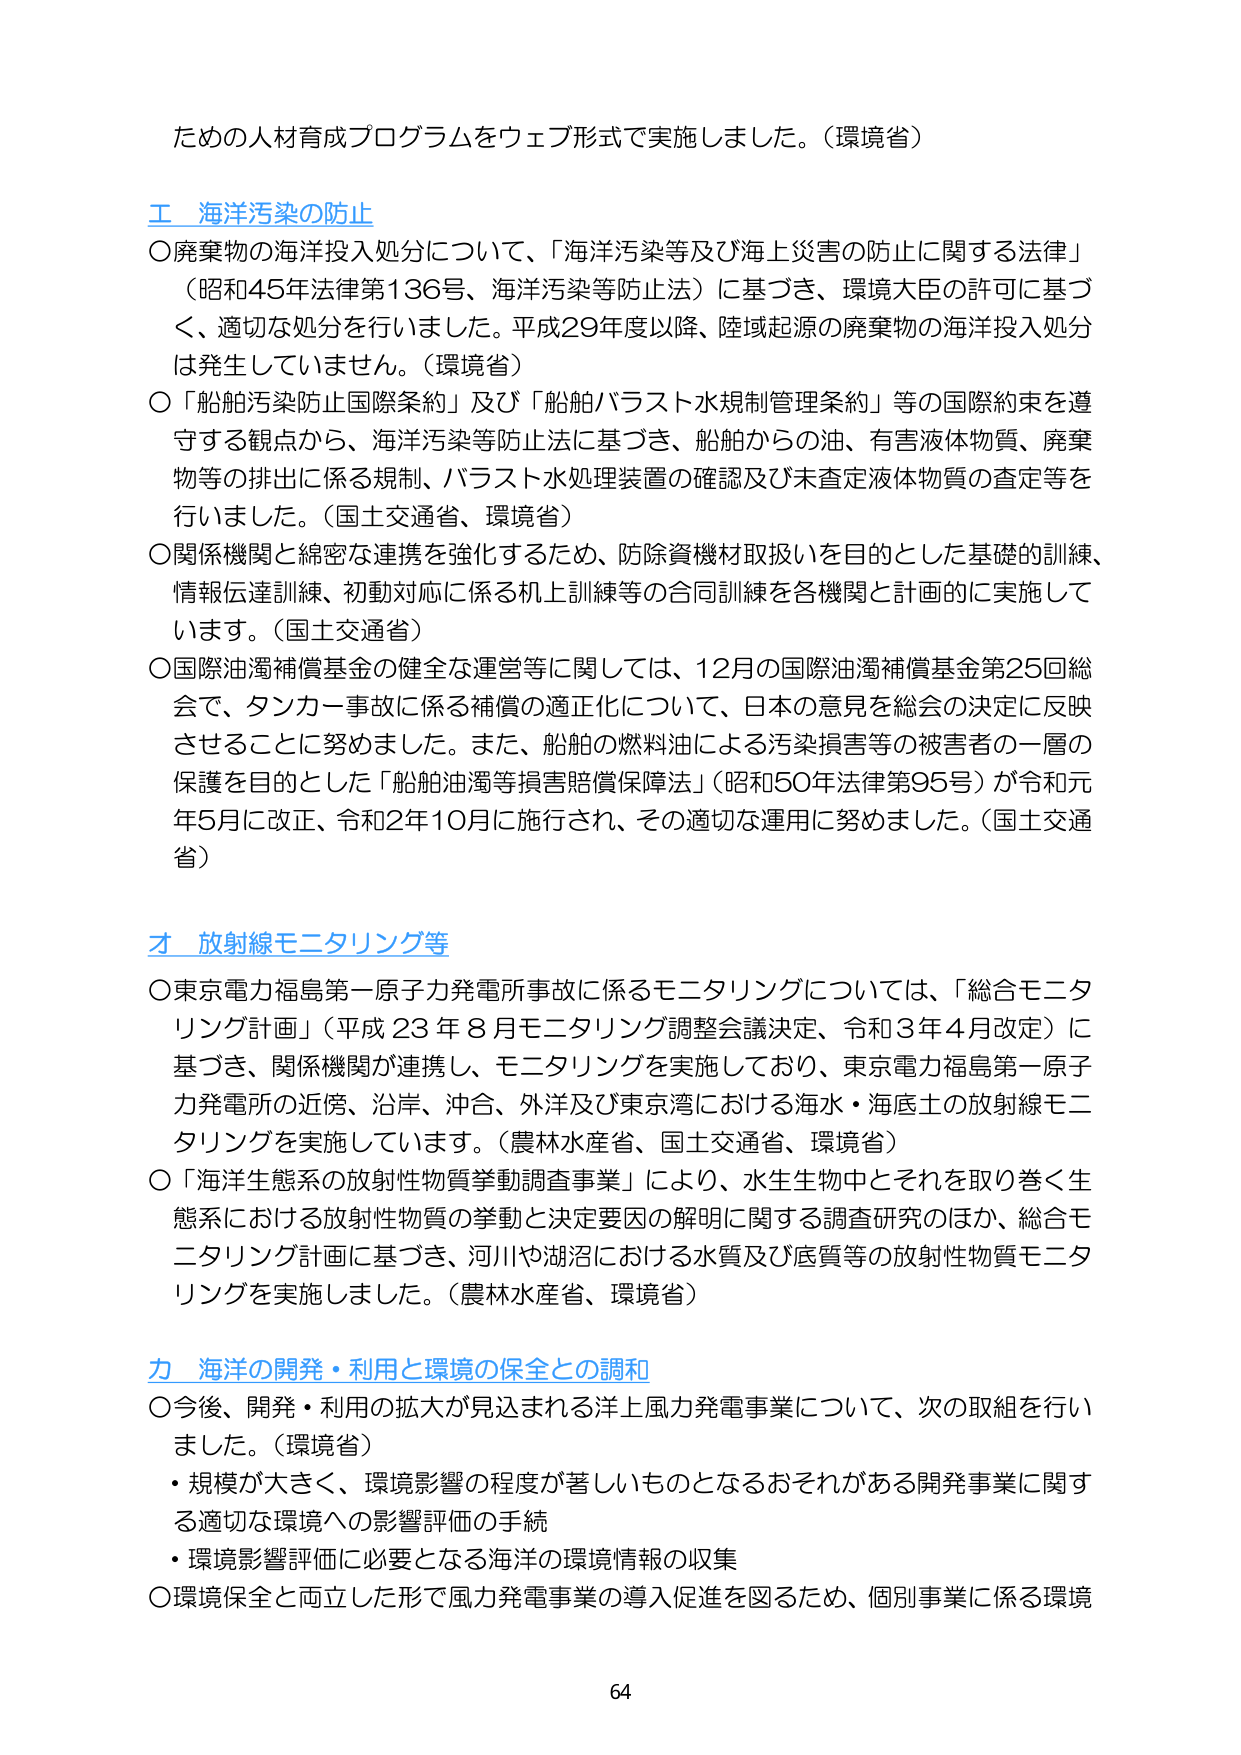
ための人材育成プログラムをウェブ形式で実施しました。（環境省）

工 海洋汚染の防止
○廃棄物の海洋投入処分について、「海洋汚染等及び海上災害の防止に関する法律」
（昭和45年法律第136号、海洋汚染等防止法）に基づき、環境大臣の許可に基づ
く、適切な処分を行いました。平成29年度以降、陸域起源の廃棄物の海洋投入処分
は発生していません。（環境省）
○「船舶汚染防止国際条約」及び「船舶バラスト水規制管理条約」等の国際約束を遵
守する観点から、海洋汚染等防止法に基づき、船舶からの油、有害液体物質、廃棄
物等の排出に係る規制、バラスト水処理装置の確認及び未査定液体物質の査定等を
行いました。（国土交通省、環境省）
○関係機関と綿密な連携を強化するため、防除資機材取扱いを目的とした基礎的訓練、
情報伝達訓練、初動対応に係る机上訓練等の合同訓練を各機関と計画的に実施して
います。（国土交通省）
○国際油濁補償基金の健全な運営等に関しては、12月の国際油濁補償基金第25回総
会で、タンカー事故に係る補償の適正化について、日本の意見を総会の決定に反映
させることに努めました。また、船舶の燃料油による汚染損害等の被害者の一層の
保護を目的とした「船舶油濁等損害賠償保障法」（昭和50年法律第95号）が令和元
年5月に改正、令和2年10月に施行され、その適切な運用に努めました。（国土交通
省）

オ 放射線モニタリング等
○東京電力福島第一原子力発電所事故に係るモニタリングについては、「総合モニタ
リング計画」（平成23年8月モニタリング調整会議決定、令和3年4月改定）に
基づき、関係機関が連携し、モニタリングを実施しており、東京電力福島第一原子
力発電所の近傍、沿岸、沖合、外洋及び東京湾における海水・海底土の放射線モニ
タリングを実施しています。（農林水産省、国土交通省、環境省）
○「海洋生態系の放射性物質挙動調査事業」により、水生生物中とそれを取り巻く生
態系における放射性物質の挙動と決定要因の解明に関する調査研究のほか、総合モ
ニタリング計画に基づき、河川や湖沼における水質及び底質等の放射性物質モニタ
リングを実施しました。（農林水産省、環境省）

カ 海洋の開発・利用と環境の保全との調和
○今後、開発・利用の拡大が見込まれる洋上風力発電事業について、次の取組を行いま
した。（環境省）
・規模が大きく、環境影響の程度が著しいものとなるおそれがある開発事業に関す
る適切な環境への影響評価の手続
・環境影響評価に必要となる海洋の環境情報の収集
○環境保全と両立した形で風力発電事業の導入促進を図るため、個別事業に係る環境

64